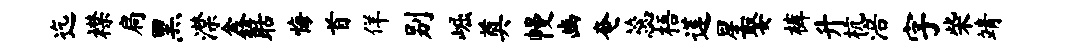
迄襟扃黑潸鑫聒悔首佯别崛奠幔豳奄蕊梧莲星娶裤升杭涪字柴靖